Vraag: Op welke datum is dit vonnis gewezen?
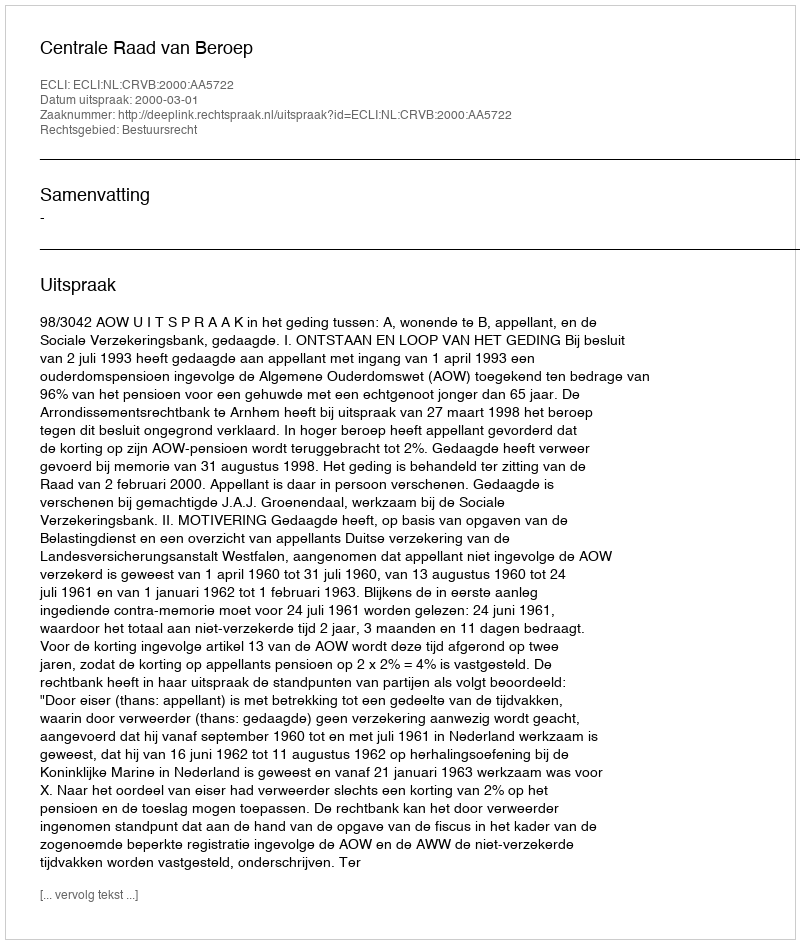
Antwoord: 2000-03-01